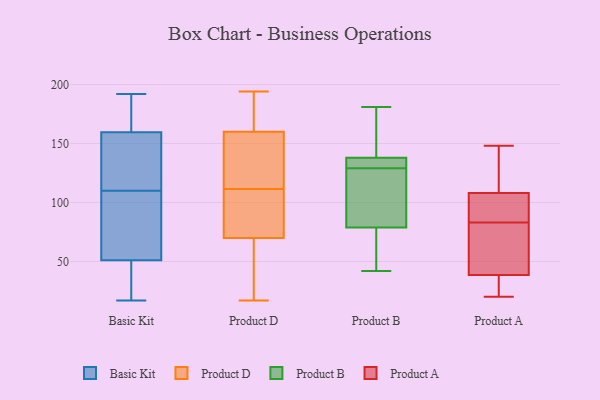
{"axis": {"x": "Customer Acquisition Cost (USD)", "y": "Value"}, "legend": ["Basic Kit", "Product A", "Product B", "Product D"], "data": [{"x": "", "y": 69, "type": "Basic Kit"}, {"x": "", "y": 123, "type": "Basic Kit"}, {"x": "", "y": 17, "type": "Basic Kit"}, {"x": "", "y": 192, "type": "Basic Kit"}, {"x": "", "y": 27, "type": "Basic Kit"}, {"x": "", "y": 167, "type": "Basic Kit"}, {"x": "", "y": 110, "type": "Basic Kit"}, {"x": "", "y": 181, "type": "Basic Kit"}, {"x": "", "y": 162, "type": "Basic Kit"}, {"x": "", "y": 45, "type": "Basic Kit"}, {"x": "", "y": 81, "type": "Basic Kit"}, {"x": "", "y": 86, "type": "Basic Kit"}, {"x": "", "y": 124, "type": "Basic Kit"}, {"x": "", "y": 42, "type": "Basic Kit"}, {"x": "", "y": 152, "type": "Basic Kit"}, {"x": "", "y": 17, "type": "Product D"}, {"x": "", "y": 108, "type": "Product D"}, {"x": "", "y": 27, "type": "Product D"}, {"x": "", "y": 26, "type": "Product D"}, {"x": "", "y": 75, "type": "Product D"}, {"x": "", "y": 185, "type": "Product D"}, {"x": "", "y": 114, "type": "Product D"}, {"x": "", "y": 127, "type": "Product D"}, {"x": "", "y": 86, "type": "Product D"}, {"x": "", "y": 109, "type": "Product D"}, {"x": "", "y": 132, "type": "Product D"}, {"x": "", "y": 194, "type": "Product D"}, {"x": "", "y": 152, "type": "Product D"}, {"x": "", "y": 83, "type": "Product D"}, {"x": "", "y": 133, "type": "Product D"}, {"x": "", "y": 176, "type": "Product D"}, {"x": "", "y": 168, "type": "Product D"}, {"x": "", "y": 23, "type": "Product D"}, {"x": "", "y": 65, "type": "Product D"}, {"x": "", "y": 194, "type": "Product D"}, {"x": "", "y": 138, "type": "Product B"}, {"x": "", "y": 51, "type": "Product B"}, {"x": "", "y": 87, "type": "Product B"}, {"x": "", "y": 161, "type": "Product B"}, {"x": "", "y": 129, "type": "Product B"}, {"x": "", "y": 102, "type": "Product B"}, {"x": "", "y": 132, "type": "Product B"}, {"x": "", "y": 42, "type": "Product B"}, {"x": "", "y": 181, "type": "Product B"}, {"x": "", "y": 138, "type": "Product B"}, {"x": "", "y": 76, "type": "Product B"}, {"x": "", "y": 47, "type": "Product A"}, {"x": "", "y": 148, "type": "Product A"}, {"x": "", "y": 26, "type": "Product A"}, {"x": "", "y": 30, "type": "Product A"}, {"x": "", "y": 110, "type": "Product A"}, {"x": "", "y": 148, "type": "Product A"}, {"x": "", "y": 100, "type": "Product A"}, {"x": "", "y": 20, "type": "Product A"}, {"x": "", "y": 66, "type": "Product A"}, {"x": "", "y": 105, "type": "Product A"}, {"x": "", "y": 106, "type": "Product A"}, {"x": "", "y": 62, "type": "Product A"}]}